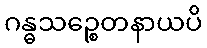
ဂန္ဓသဉ္စေတနာယပိ